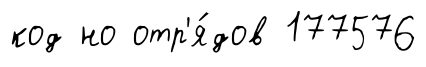
код но отр'я́дов 177576